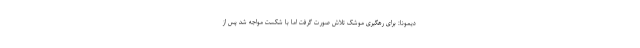
دیمونا: برای رهگیری موشک تلاش صورت گرفت اما با شکست مواجه شد پس از